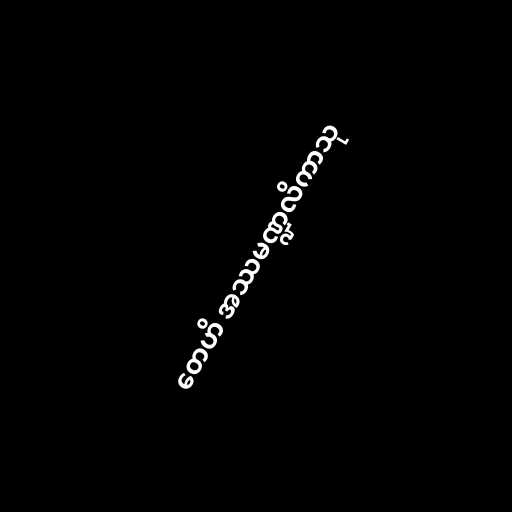
တေဟိ အဿမဏ္ဍလိကာသု